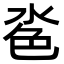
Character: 𪵼